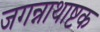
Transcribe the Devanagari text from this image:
जगन्नाथाष्टक